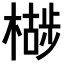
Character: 𣚷